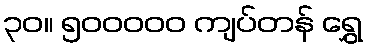
၃၀။ ၅၀၀၀၀၀ ကျပ်တန် ရွှေ